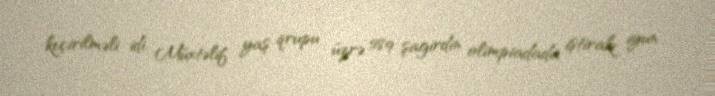
keçirilməli idi. Müxtəlif yaş qrupu üzrə 589 şagirdin olimpiadada iştirakı iyun